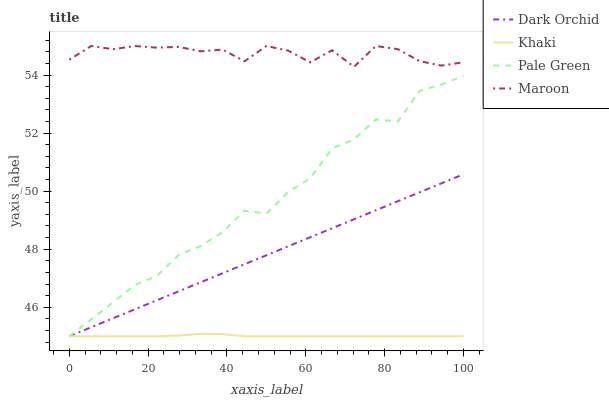
| xaxis_label | Dark Orchid | Khaki | Pale Green | Maroon |
 | --- | --- | --- | --- | --- |
 | 0 | 45 | 45 | 45 | 54.5 |
 | 5.56 | 45.3 | 45 | 45.6 | 55 |
 | 11.1 | 45.6 | 45 | 46.2 | 54.9 |
 | 16.7 | 45.9 | 45 | 46.8 | 55 |
 | 22.2 | 46.2 | 45 | 47.1 | 54.9 |
 | 27.8 | 46.6 | 45 | 47.8 | 55 |
 | 33.3 | 46.9 | 45.1 | 48.1 | 54.8 |
 | 38.9 | 47.2 | 45.1 | 48.6 | 54.9 |
 | 44.4 | 47.5 | 45 | 49.3 | 54.5 |
 | 50 | 47.8 | 45 | 49.2 | 55 |
 | 55.6 | 48.1 | 45 | 50 | 54.8 |
 | 61.1 | 48.4 | 45 | 50.4 | 54.4 |
 | 66.7 | 48.7 | 45 | 51.5 | 54.9 |
 | 72.2 | 49 | 45 | 51.8 | 54.3 |
 | 77.8 | 49.3 | 45 | 52.5 | 55 |
 | 83.3 | 49.7 | 45 | 52.4 | 54.9 |
 | 88.9 | 50 | 45 | 53.5 | 54.5 |
 | 94.4 | 50.3 | 45 | 53.7 | 54.3 |
 | 100 | 50.6 | 45 | 54 | 54.4 |